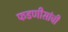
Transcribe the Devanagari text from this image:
फडणीसांची